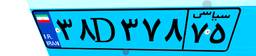
۲۶D۸۹۹۵۹